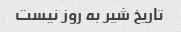
تاریخ شیر به روز نیست